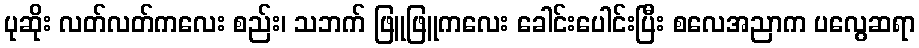
ပုဆိုး လတ်လတ်ကလေး စည်း၊ သဘက် ဖြူဖြူကလေး ခေါင်းပေါင်းပြီး စလေအညာက ပလွေဆရာ